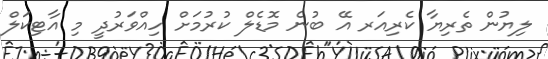
ލިޔުން ތެރިޔާ ކެރިއަރ އޭ ބުނެ މޮޑެލް ކުރުމަށް ހިއްވަރުދީ މި އާޓިކަލް